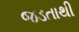
જડતાથી